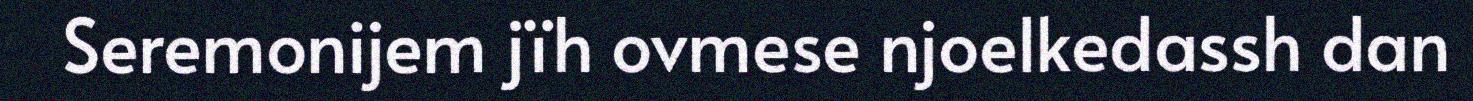
Seremonijem jïh ovmese njoelkedassh dan